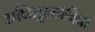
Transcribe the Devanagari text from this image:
अधिमूल्यांकित